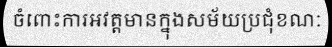
ចំពោះការអវត្តមានក្នុងសម័យប្រជុំខណៈ